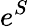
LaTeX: e^{S}